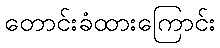
တောင်းခံထားကြောင်း